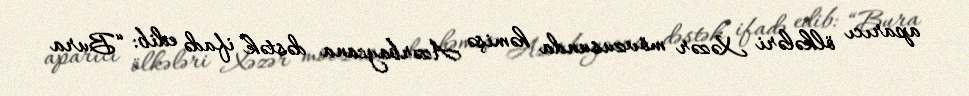
aparıcı ölkələri Xəzər mövzusunda həmişə Azərbaycana dəstək ifadə edib: “Bura